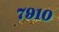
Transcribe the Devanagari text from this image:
७९१०